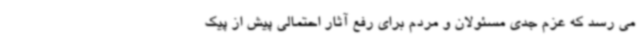
می رسد که عزم جدی مسئولان و مردم برای رفع آثار احتمالی پیش از پیک